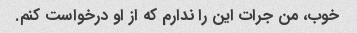
خوب، من جرات این را ندارم که از او درخواست کنم.